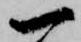
一